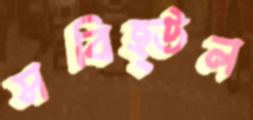
সবিহ্উল